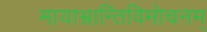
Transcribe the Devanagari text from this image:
मायाभ्रान्तिविमोचनम्